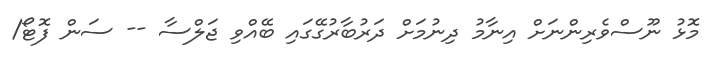
މޮޅު ނޫސްވެރިންނަށް އިނާމު ދިނުމަށް ދަރުބާރުގޭގައި ބޭއްވި ޖަލްސާ -- ސަން ފޮޓޯ/